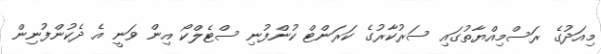
މިއަދުގެ ރަސްމިއްޔާތުގައި ސަރުކާރުގެ ކަރަންޓް ކުންފުނި ސްޓެލްކޯ އިން ވަނީ އެ ދެކުންފުނިން